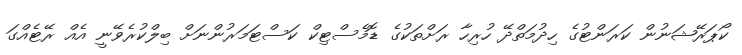
ކޯޕަރޭޝަނުން ކަރަންޓުގެ ހިދުމަތްދޭ ހުރިހާ ރަށްތަކުގެ ޑޮމެސްޓިކް ކަސްޓަމަރުންނަށް ބިލްކުރެވޭނީ އެއް ރޭޓެއްގަ